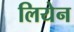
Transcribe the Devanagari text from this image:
लियेन